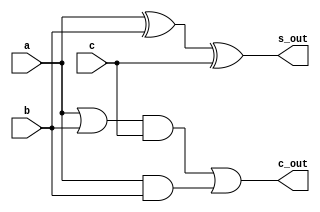
module fullAdder(a, b, c, s_out, c_out);
	input a, b, c;
	output s_out, c_out; 
	
	assign s_out = a ^ b ^ c;
	assign c_out = ((a | b) & c) | (a & b);
endmodule